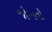
જોગનો